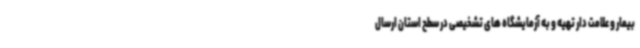
بیمار و علامت دار تهیه و به آزمایشگاه های تشخیصی در سطح استان ارسال